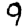
Digit: 9